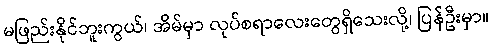
မဖြည်းနိုင်ဘူးကွယ်၊ အိမ်မှာ လုပ်စရာလေးတွေရှိသေးလို့၊ ပြန်ဦးမှာ။